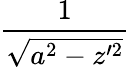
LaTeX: \frac{1}{\sqrt{a^{2}-z^{\prime 2}}}